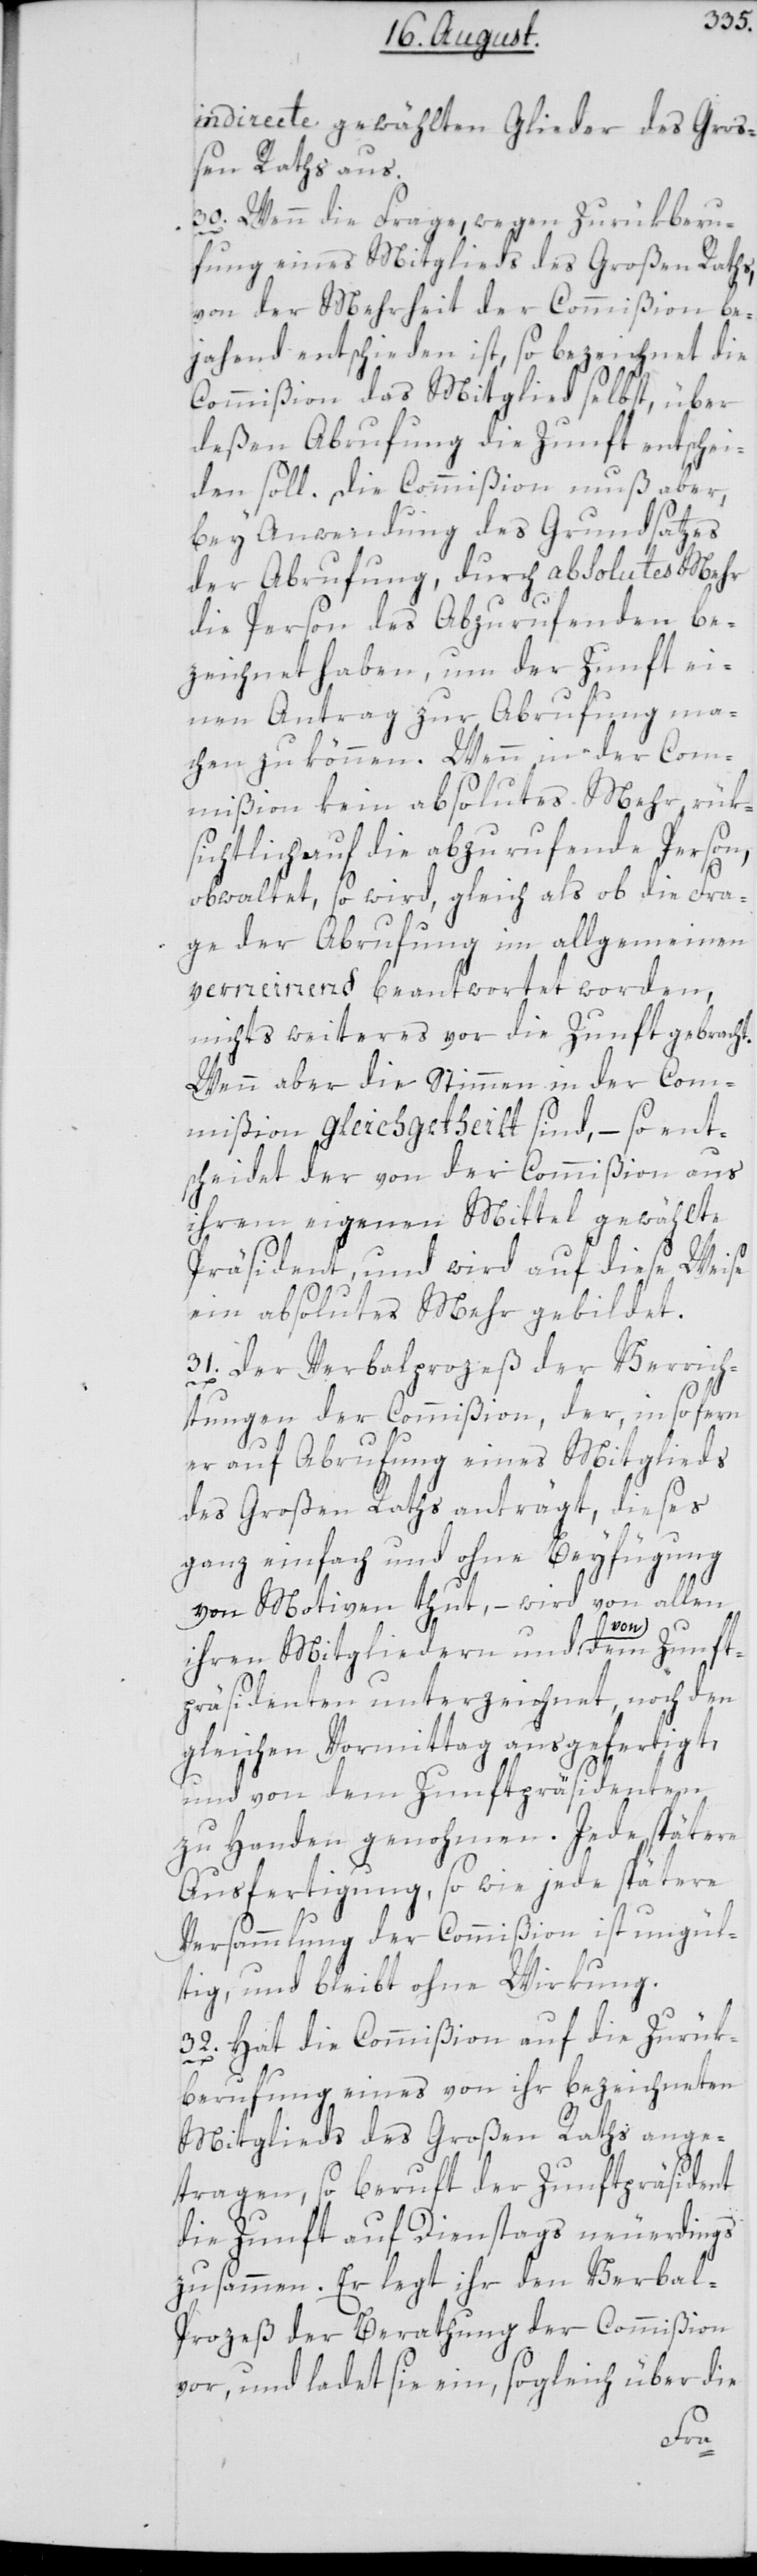
indirecte gewählten Glieder des Groß¬
en Raths aus.
30. Wenn die Frage, wegen Zurükberu¬
fung eines Mitglieds des Großen Raths,
von der Mehrheit der Commißion be¬
jahend entschieden ist, so bezeichnet die
Commißion das Mitglied selbst, über
deßen Abrufung die Zunft entschei¬
den soll. Die Commißion muß aber,
bey Anwendung des Grundsatzes
der Abrufung, durch absolutes Mehr
die Person des Abzurufenden be¬
zeichnet haben, um der Zunft ei¬
nen Antrag zur Abrufung ma¬
chen zu können. Wenn in der Com¬
mißion kein absolutes Mehr rük¬
sichtlich auf die abzurufende Person,
obwaltet, so wird, gleich als ob die Fra¬
ge der Abrufung im allgemeinen
verneinend beantwortet worden,
nichts weiteres vor die Zunft gebracht.
Wenn aber die Stimmen in der Com¬
mißion gleichgetheilt sind, – so ent¬
scheidet der von der Commißion aus
ihrem eigenen Mittel gewählte,
Präsident, und wird auf diese Weise
ein absolutes Mehr gebildet.
31. Der Verbalprozeß der Verrich¬
tungen der Commißion, der, in so fern
er auf Abrufung eines Mitglieds
des Großen Raths anträgt, dieses
ganz einfach und ohne Beyfügung
von Motiven thut, – wird von allen
ihren Mitgliedern und von dem Zunft¬
präsidenten unterzeichnet, noch den
gleichen Vormittag ausgefertigt,
und von dem Zunftpräsidenten
zu Handen genohmen. Jede spätere
Ausfertigung, sowie jede spätere
Versammlung der Commißion ist ungül¬
tig und bleibt ohne Wirkung.
32. Hat die Commißion auf die Zurük¬
berufung eines von ihr bezeichneten
Mitglieds des Großen Raths ange¬
tragen, so beruft der Zunftpräsident
die Zunft auf Dienstags neuerdings
zusammen. Er legt ihr den Verbal-P¬
rozeß der Berathung der Commißion
vor, und ladet sie ein, sogleich über die